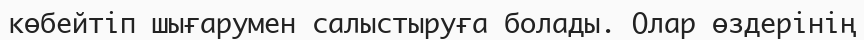
көбейтіп шығарумен салыстыруға болады. Олар өздерінің